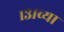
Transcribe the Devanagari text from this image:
१३१व्या